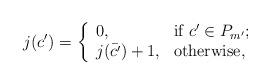
LaTeX: \begin{align*} j(c')=\left\{ \begin{array}{ll} 0, & \hbox{if $c'\in P_{m'}$;} \\ j(\bar{c'})+1, & \hbox{otherwise,} \end{array} \right. \end{align*}